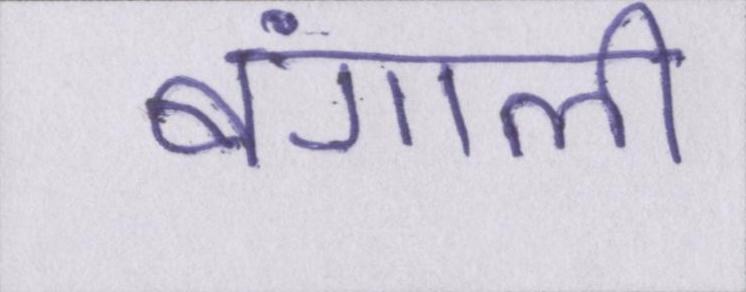
बंगाली